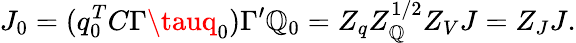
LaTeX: J_{0}=(q_{0}^{T}C\Gamma\tauq_{0})\Gamma^{\prime}\mathbb{Q}_{0}=Z_{q}Z_{\mathbb{Q}}^{1/2}Z_{V}J=Z_{J}J.